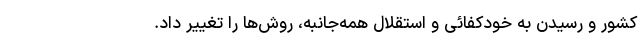
کشور و رسیدن به خودکفائی و استقلال همه‌جانبه، روش‌ها را تغییر داد.